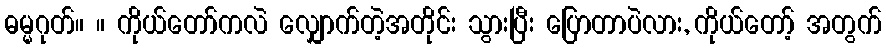
ဓမ္မဂုတ်။ ။ ကိုယ်တော်ကလဲ လျှောက်တဲ့အတိုင်း သွားပြီး ပြောတာပဲလား, ကိုယ်တော့် အတွက်